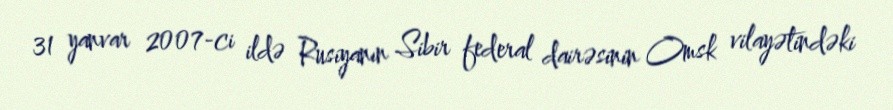
31 yanvar 2007-ci ildə Rusiyanın Sibir federal dairəsinin Omsk vilayətindəki